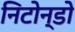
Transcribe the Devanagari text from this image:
निटोन्डो